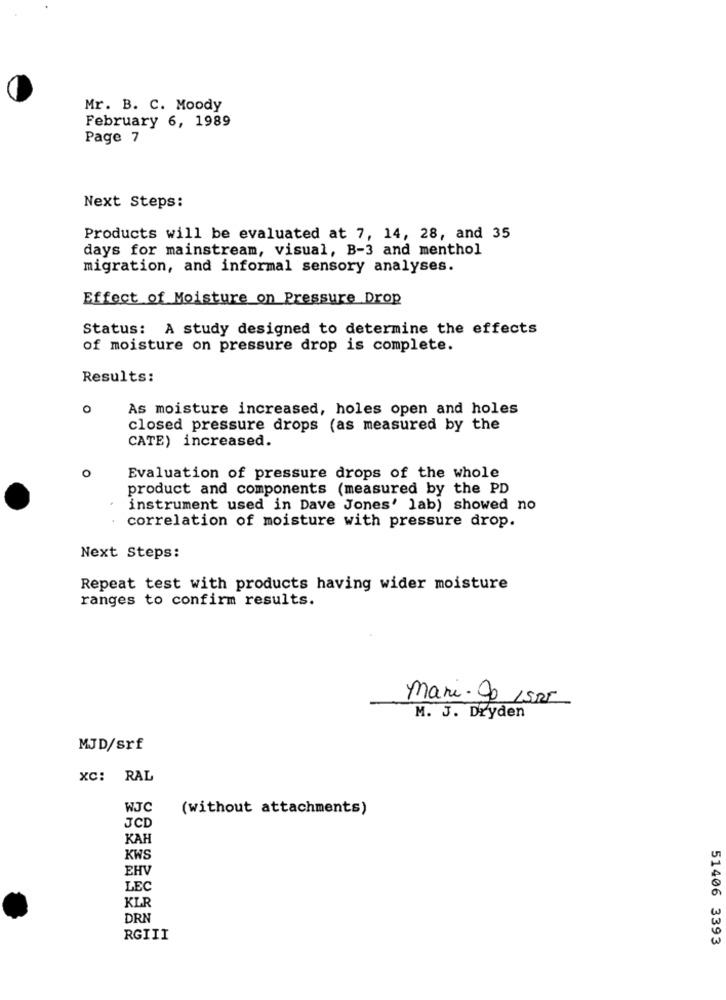
Mr. B. C. Moody
February 6, 1989
Page 7
Next Steps:
Products will be evaluated at 7, 14, 28, and 35
days for mainstream, visual, B-3 and menthol
migration, and informal sensory analyses.
Effect of Moisture on Pressure Drop
Status: A study designed to determine the effects
of moisture on pressure drop is complete.
Results:
O
As moisture increased, holes open and holes
closed pressure drops (as measured by the
CATE) increased.
0
Evaluation of pressure drops of the whole
product and components (measured by the PD
instrument used in Dave Jones' lab) showed no
correlation of moisture with pressure drop.
Next Steps:
Repeat test with products having wider moisture
ranges to confirm results.
mari-Op ISPI
M. J. Dryden
MJD/srf
XC: RAL
WJC
(without attachments)
JCD
KAH
KWS
EHV
LEC
KLR
DRN
RGIII
51406 3393